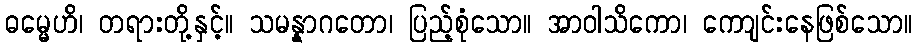
ဓမ္မေဟိ၊ တရားတို့နှင့်။ သမန္နာဂတော၊ ပြည့်စုံသော။ အာဝါသိကော၊ ကောျင်းနေဖြစ်သော။